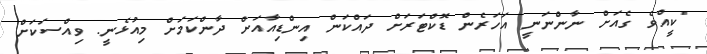
"ކީއްވެ ގެއަށް ނާންނަނީ އަހަރެން ޑޮކްޓަރަށް ދައްކަން އިންޑިއާއަށް ދާންކަމަށް މިއުޅެނީ. ވިއްސަކަށް